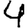
Digit: 4